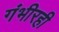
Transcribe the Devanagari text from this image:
गंभीरही